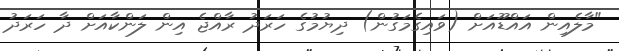
"މާލެއިން އައްޑޫއަށް (ވައިގެމަގުން) ދިޔުމުގެ ހަރަދު ރާއްޖެ އިން ލަންކާއަށް ދާ ހަރަދު